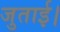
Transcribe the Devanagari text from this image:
जुताई।